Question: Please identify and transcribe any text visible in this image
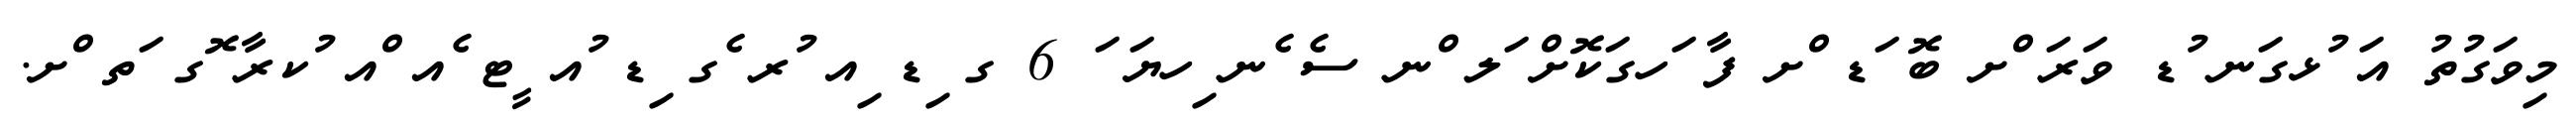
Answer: މިވަގުތު އަ ުޅގަނ ުޑ ވަރަ ްށ ބޮ ަޑ ްށ ފާ ަހގަކޮށް ަލ ްނ ސެ ެނ ިހޔަ ަ 6 ގ ިޑ ިއ ުރ ެގ ިޑ ުއ ީޓ ެއ ްއ ުކރާ ޮގ ަތ ްށ.